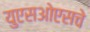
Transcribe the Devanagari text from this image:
युएसओएसचे